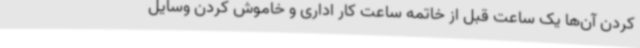
کردن آن‌ها یک ساعت قبل از خاتمه ساعت کار اداری و خاموش کردن وسایل